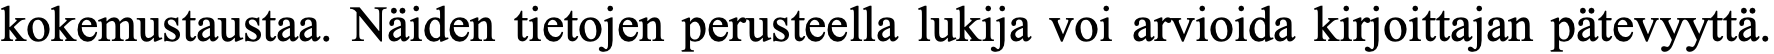
kokemustaustaa. Näiden tietojen perusteella lukija voi arvioida kirjoittajan pätevyyttä.